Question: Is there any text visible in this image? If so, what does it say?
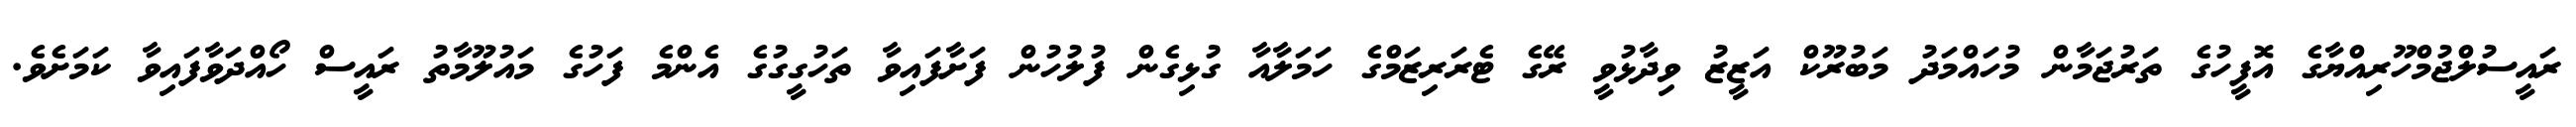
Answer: ރައީސުލްޖުމްހޫރިއްޔާގެ އޮފީހުގެ ތަރުޖަމާން މުހައްމަދު މަބުރޫކް އަޒީޒު ވިދާޅުވީ ރޭގެ ޓެރަރިޒަމްގެ ހަމަލާއާ ގުޅިގެން ފުލުހުން ފަށާފައިވާ ތަހުގީގުގެ އެންމެ ފަހުގެ މައުލޫމާތު ރައީސް ހޯއްދަވާފައިވާ ކަމަށެވެ.